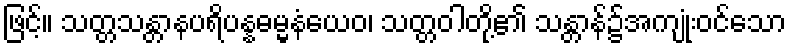
ဖြင့်။ သတ္တသန္တာနပရိပန္နဓမ္မနံယေဝ၊ သတ္တဝါတို့၏ သန္တာန်၌အကျုံးဝင်သော